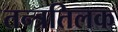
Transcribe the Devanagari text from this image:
तन्त्रतिलक